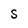
Character: S